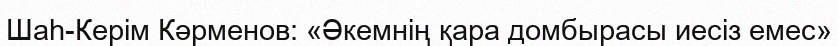
Шаһ-Керім Кәрменов: «Әкемнің қара домбырасы иесіз емес»